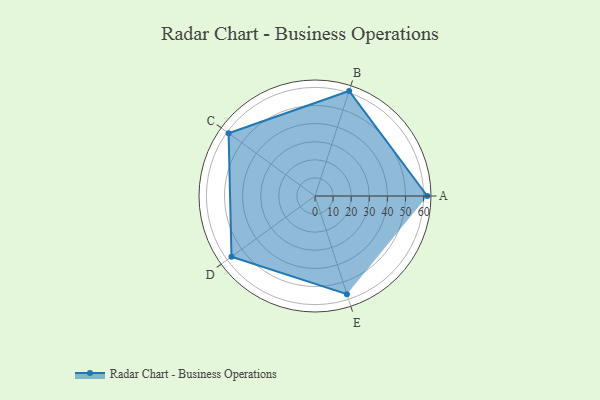
{"axis": {"x": "Skill", "y": "Score"}, "legend": ["Profile"], "data": [{"x": "A", "y": 62.0, "type": "Profile"}, {"x": "B", "y": 61.0, "type": "Profile"}, {"x": "C", "y": 59.0, "type": "Profile"}, {"x": "D", "y": 57.0, "type": "Profile"}, {"x": "E", "y": 57.0, "type": "Profile"}]}